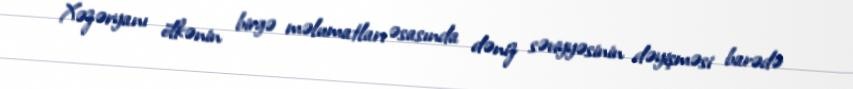
Xəzəryanı ölkənin birgə məlumatları əsasında dəniz səviyyəsinin dəyişməsi barədə